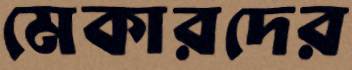
মেকারদের